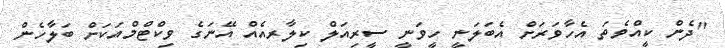
''ދެން ކީއްވެތަ އެހާވަރަށް އެބަލަނީ ހީވަނީ ސީރިއަލް ކިލާރއެއް އޭނަގެ ވިކްޓްމްއަކަށް ބަލާހެން